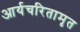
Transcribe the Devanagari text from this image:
आर्यचरितामृत